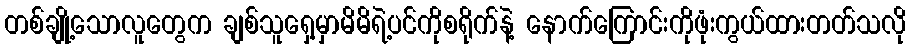
တစ်ချို့သောလူတွေက ချစ်သူရှေ့မှာမိမိရဲ့ပင်ကိုစရိုက်နဲ့ နောက်ကြောင်းကိုဖုံးကွယ်ထားတတ်သလို